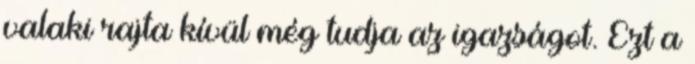
valaki rajta kívül még tudja az igazságot. Ezt a